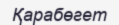
Қарабөгет